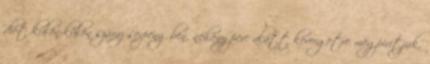
diót külön-külön száraz serpenyőben, néhány perc alatt kevergetve megpirítjuk.